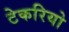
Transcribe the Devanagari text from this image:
टेकरियो